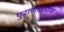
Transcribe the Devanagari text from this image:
पुराणाख्यान